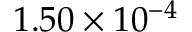
1 . 5 0 \times 1 0 ^ { - 4 }